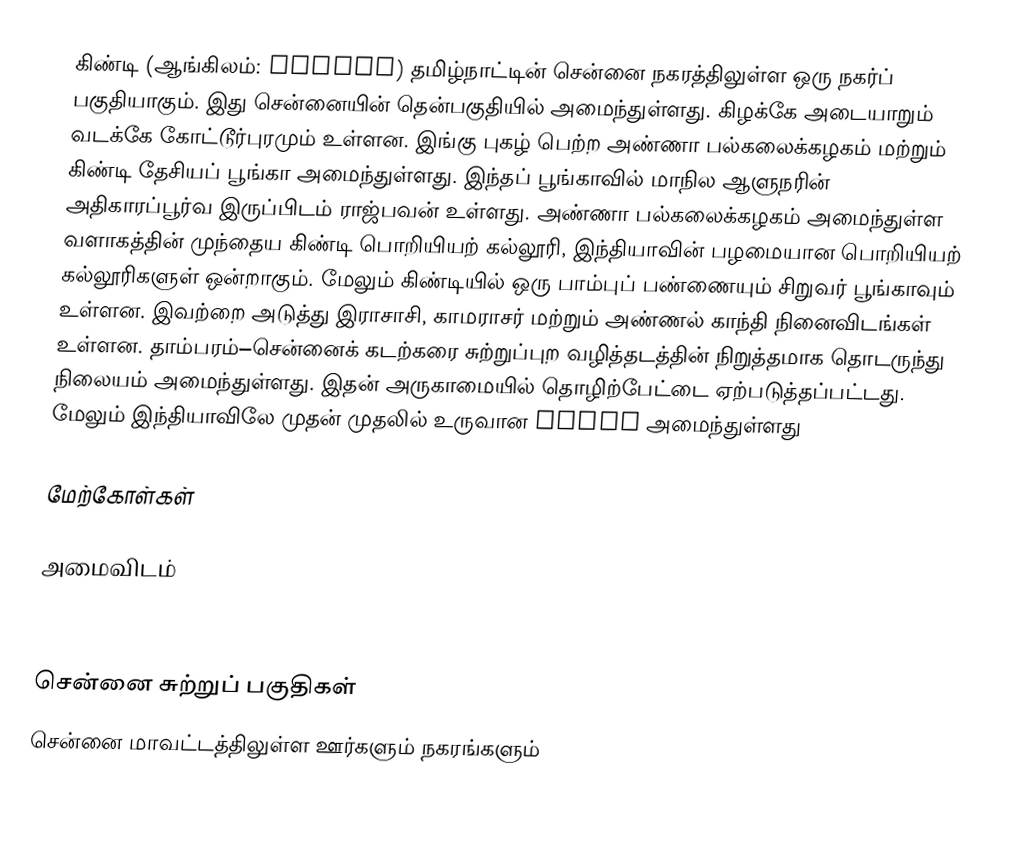
கிண்டி (ஆங்கிலம்: Guindy) தமிழ்நாட்டின் சென்னை நகரத்திலுள்ள ஒரு நகர்ப் பகுதியாகும். இது சென்னையின் தென்பகுதியில் அமைந்துள்ளது. கிழக்கே அடையாறும் வடக்கே கோட்டூர்புரமும் உள்ளன. இங்கு புகழ் பெற்ற அண்ணா பல்கலைக்கழகம் மற்றும் கிண்டி தேசியப் பூங்கா அமைந்துள்ளது. இந்தப் பூங்காவில் மாநில ஆளுநரின் அதிகாரப்பூர்வ இருப்பிடம் ராஜ்பவன் உள்ளது. அண்ணா பல்கலைக்கழகம் அமைந்துள்ள வளாகத்தின் முந்தைய கிண்டி பொறியியற் கல்லூரி,  இந்தியாவின் பழமையான பொறியியற் கல்லூரிகளுள் ஒன்றாகும். மேலும் கிண்டியில் ஒரு பாம்புப் பண்ணையும் சிறுவர் பூங்காவும் உள்ளன. இவற்றை அடுத்து இராசாசி, காமராசர் மற்றும் அண்ணல் காந்தி நினைவிடங்கள் உள்ளன. தாம்பரம்–சென்னைக் கடற்கரை சுற்றுப்புற வழித்தடத்தின் நிறுத்தமாக தொடருந்து நிலையம் அமைந்துள்ளது. இதன் அருகாமையில் தொழிற்பேட்டை ஏற்படுத்தப்பட்டது. மேலும் இந்தியாவிலே முதன் முதலில் உருவான CIPET அமைந்துள்ளது

மேற்கோள்கள்

அமைவிடம்



சென்னை சுற்றுப் பகுதிகள்
சென்னை மாவட்டத்திலுள்ள ஊர்களும் நகரங்களும்